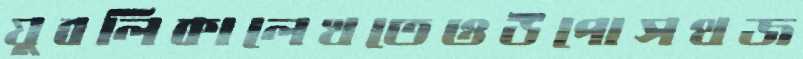
যুবলিকালেখতেওউপোসথজ